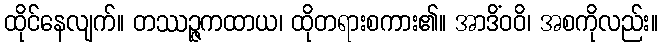
ထိုင်နေလျက်။ တဿဉ္ဇကထာယ၊ ထိုတရားစကား၏။ အာဒိံဝဝိ၊ အစကိုလည်း။